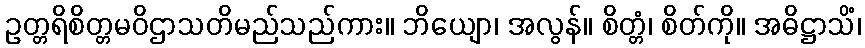
ဥတ္တရိစိတ္တမဝိဌာသတိမည်သည်ကား။ ဘိယျော၊ အလွန်။ စိတ္တံ၊ စိတ်ကို။ အဓိဋ္ဌာသိံ၊